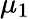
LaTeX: \mu_{1}